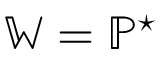
\mathbb { W } = \mathbb { P } ^ { \star }